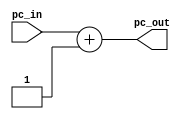
`timescale 1ns / 1ps

module Sumador1 (pc_in, pc_out);

input wire [9:0] pc_in;
output reg [9:0] pc_out;

always@*
begin
pc_out = pc_in + 10'b000000001;
end
endmodule